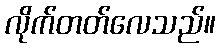
လိုက်တတ်လေသည်။